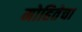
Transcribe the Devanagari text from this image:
मोहितेचा